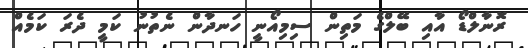
ރޮނާލްޑޯ އާއި ބޭލްގެ މަތިން ސިމިއޯނީ ހަނދާން ނެތުނު ކަމީ ދެރަ ކަމެއް